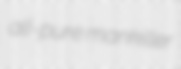
all-pure mankiller